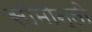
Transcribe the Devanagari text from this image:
सामान्तो